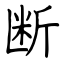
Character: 断